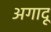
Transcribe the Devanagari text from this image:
अगादू